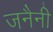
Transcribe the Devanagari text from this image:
जनैनी